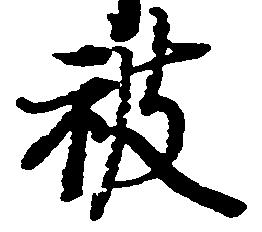
被